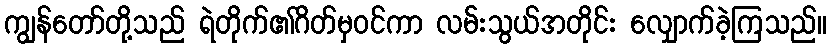
ကျွန်တော်တို့သည် ရဲတိုက်၏ဂိတ်မှဝင်ကာ လမ်းသွယ်အတိုင်း လျှောက်ခဲ့ကြသည်။